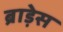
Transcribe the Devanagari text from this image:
ब्राड़ेस